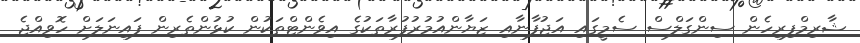
ޝާރިމްފިރިހެން ސިންގަލްސް ސެމީގައި އަޖުފާނާއި ޒަޔާންއުމުރުފުރާތަކުގެ އިވެންޓްތަކުން ކުޅުންތެރިން ފައިނަލަށް ހޮވިއްޖެ